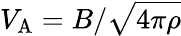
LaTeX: V_{\mathrm{A}}=B/\sqrt{4\pi\rho}